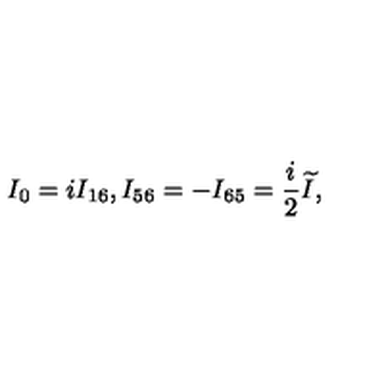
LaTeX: I _ { 0 } = i I _ { 1 6 } , I _ { 5 6 } = - I _ { 6 5 } = \frac i 2 \widetilde { I } ,